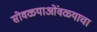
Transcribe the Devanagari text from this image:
सोवळ्याओंवळ्याचा